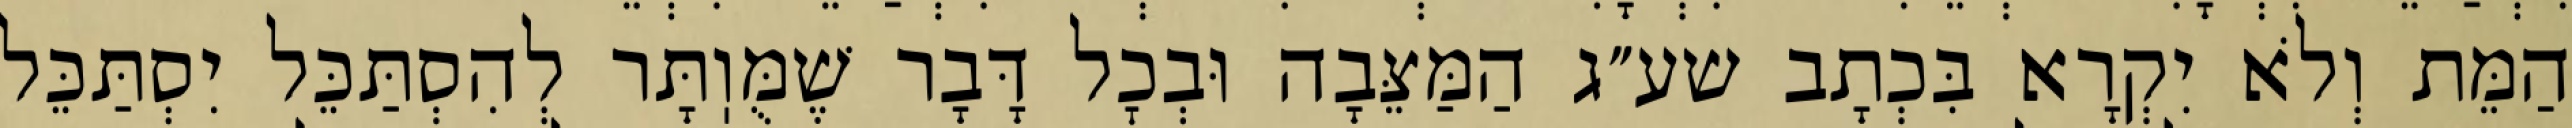
הַמֵּת וְלֹא יִקְרָא בִּכְתָב שע״ג הַמַּצֵּבָה וּבְכׇל דָּבָר שֶׁמֻּוֽתָּר לְהִסְתַּכֵּל יִסְתַּכֵּל